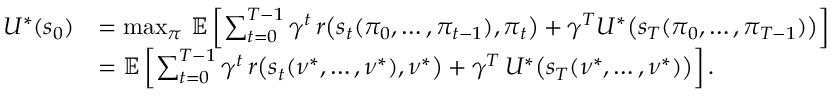
\begin{array} { r l } { U ^ { * } ( s _ { 0 } ) } & { = \operatorname* { m a x } _ { \boldsymbol { \pi } } \, \mathbb { E } \left[ \sum _ { t = 0 } ^ { T - 1 } \gamma ^ { t } \, r \bigl ( s _ { t } ( \pi _ { 0 } , \ldots , \pi _ { t - 1 } ) , \pi _ { t } \bigr ) + \gamma ^ { T } U ^ { * } \bigl ( s _ { T } ( \pi _ { 0 } , \ldots , \pi _ { T - 1 } ) \bigr ) \right] } \\ & { = \mathbb { E } \left[ \sum _ { t = 0 } ^ { T - 1 } \gamma ^ { t } \, r \bigl ( s _ { t } ( \nu ^ { * } , \ldots , \nu ^ { * } ) , \nu ^ { * } \bigr ) + \gamma ^ { T } \, U ^ { * } \bigl ( s _ { T } ( \nu ^ { * } , \ldots , \nu ^ { * } ) \bigr ) \right] . } \end{array}